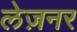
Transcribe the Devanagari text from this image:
लेज़नर